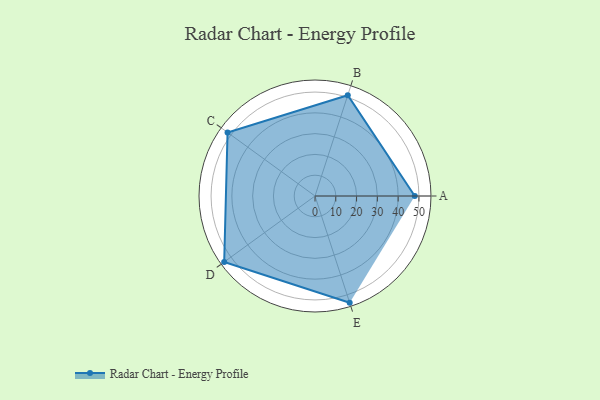
{"axis": {"x": "Skill", "y": "Score"}, "legend": ["Profile"], "data": [{"x": "A", "y": 48.0, "type": "Profile"}, {"x": "B", "y": 51.0, "type": "Profile"}, {"x": "C", "y": 52.0, "type": "Profile"}, {"x": "D", "y": 54.0, "type": "Profile"}, {"x": "E", "y": 54.0, "type": "Profile"}]}